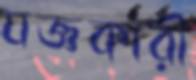
যজ্ঞকারী